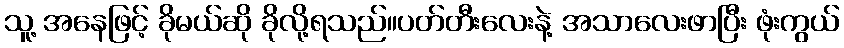
သူ့ အနေဖြင့် ခိုမယ်ဆို ခိုလို့ရသည်။ပတ်တီးလေးနဲ့ အသာလေးဖာပြီး ဖုံးကွယ်